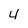
Character: 4